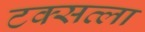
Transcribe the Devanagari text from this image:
टक्सत्ला